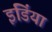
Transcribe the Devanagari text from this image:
इडिंया